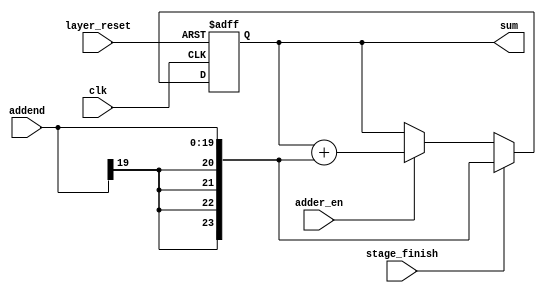

// Company           :   tud
//
// Project Name      :   sa_wubinyi
// Subproject Name   :   cnn_accelerator
// Description       :   <short description>
//
// Last Change       :   $Date$
// by                :   $Author$
//------------------------------------------------------------

module adder(
	clk,
	layer_reset,
	stage_finish,
	adder_en,
	addend,
	sum
	);

parameter AUGEND_BIT_WIDTH = 22+2;
parameter INI_AUGEND       = 24'h000000; 
parameter ADDEND_BIT_WIDTH = 16+4;

input                             clk;
input                             layer_reset;
input                             stage_finish;
input                             adder_en;
input      [ADDEND_BIT_WIDTH-1:0] addend;
output reg [AUGEND_BIT_WIDTH-1:0] sum;

always @(posedge clk or posedge layer_reset) begin
	if (layer_reset) begin
		sum <= INI_AUGEND;
	end
	else if (stage_finish) begin
		sum <= {{4{addend[ADDEND_BIT_WIDTH-1]}}, addend};
	end
	else if (adder_en) begin
		sum <= sum + {{4{addend[ADDEND_BIT_WIDTH-1]}}, addend};
	end

	// if (adder_en) begin
	// 	if (stage_finish) begin
	// 		sum <= {6'h00, addend};
	// 	end
	// 	else begin
	// 		sum <= sum + {6'h00, addend};
	// 	end
	// end
end

endmodule